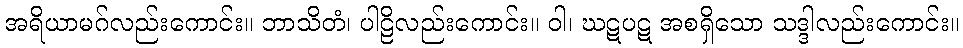
အရိယာမဂ်လည်းကောင်း။ ဘာသိတံ၊ ပါဠိလည်းကောင်း။ ဝါ၊ ဃဋပဋ အစရှိသော သဒ္ဒါလည်းကောင်း။